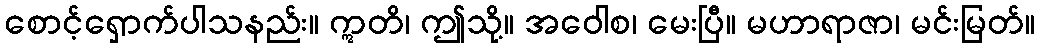
စောင့်ရှောက်ပါသနည်း။ ဣတိ၊ ဤသို့။ အဝေါစ၊ မေးပြီ။ မဟာရာဇာ၊ မင်းမြတ်။